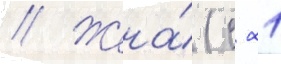
// Жена́ (с 21